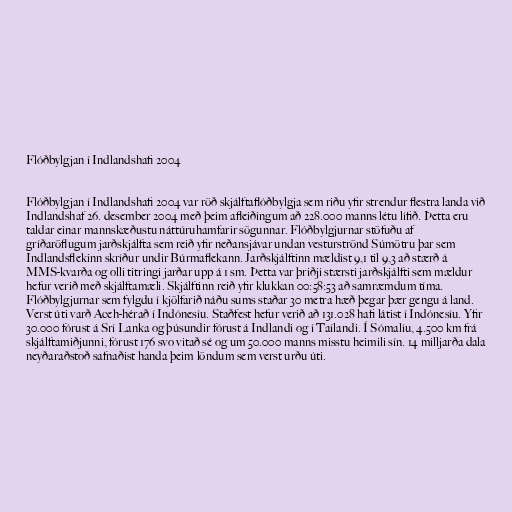
Flóðbylgjan í Indlandshafi 2004

Flóðbylgjan í Indlandshafi 2004 var röð skjálftaflóðbylgja sem riðu yfir strendur flestra landa við
Indlandshaf 26. desember 2004 með þeim afleiðingum að 228.000 manns létu lífið. Þetta eru
taldar einar mannskæðustu náttúruhamfarir sögunnar. Flóðbylgjurnar stöfuðu af
gríðaröflugum jarðskjálfta sem reið yfir neðansjávar undan vesturströnd Súmötru þar sem
Indlandsflekinn skríður undir Búrmaflekann. Jarðskjálftinn mældist 9,1 til 9,3 að stærð á
MMS-kvarða og olli titringi jarðar upp á 1 sm. Þetta var þriðji stærsti jarðskjálfti sem mældur
hefur verið með skjálftamæli. Skjálftinn reið yfir klukkan 00:58:53 að samræmdum tíma.
Flóðbylgjurnar sem fylgdu í kjölfarið náðu sums staðar 30 metra hæð þegar þær gengu á land.
Verst úti varð Aceh-hérað í Indónesíu. Staðfest hefur verið að 131.028 hafi látist í Indónesíu. Yfir
30.000 fórust á Srí Lanka og þúsundir fórust á Indlandi og í Taílandi. Í Sómalíu, 4.500 km frá
skjálftamiðjunni, fórust 176 svo vitað sé og um 50.000 manns misstu heimili sín. 14 milljarða dala
neyðaraðstoð safnaðist handa þeim löndum sem verst urðu úti.